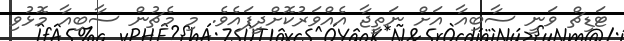
ޓަޑިޗް ވަނީ ސާބިއާ އަށް ނަތީޖާ އެއްވަރުކޮށްދީފައެވެ. މި މެޗުން ސާބިއާ މޮޅުވި